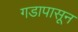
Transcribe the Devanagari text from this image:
गडापासून